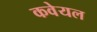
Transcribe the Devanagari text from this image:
कवेयल